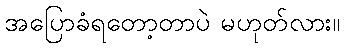
အပြောခံရတော့တာပဲ မဟုတ်လား။